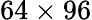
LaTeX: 64\times 96